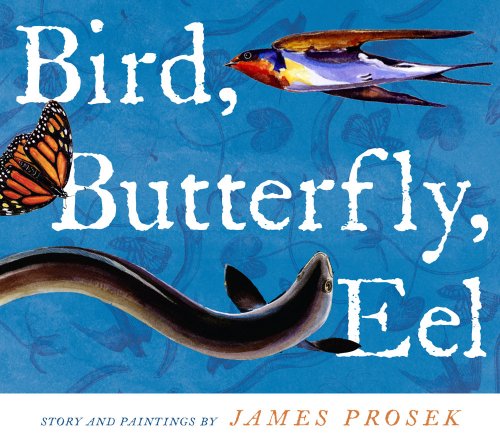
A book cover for Bird, Butterfly, Eel; James Prosek; Children's Books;